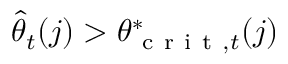
\widehat { \theta } _ { t } ( j ) > \theta _ { \mathrm { ~ c ~ r ~ i ~ t ~ } , t } ^ { * } ( j )